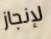
لإنجاز